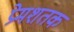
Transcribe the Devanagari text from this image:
प्रेमशतक